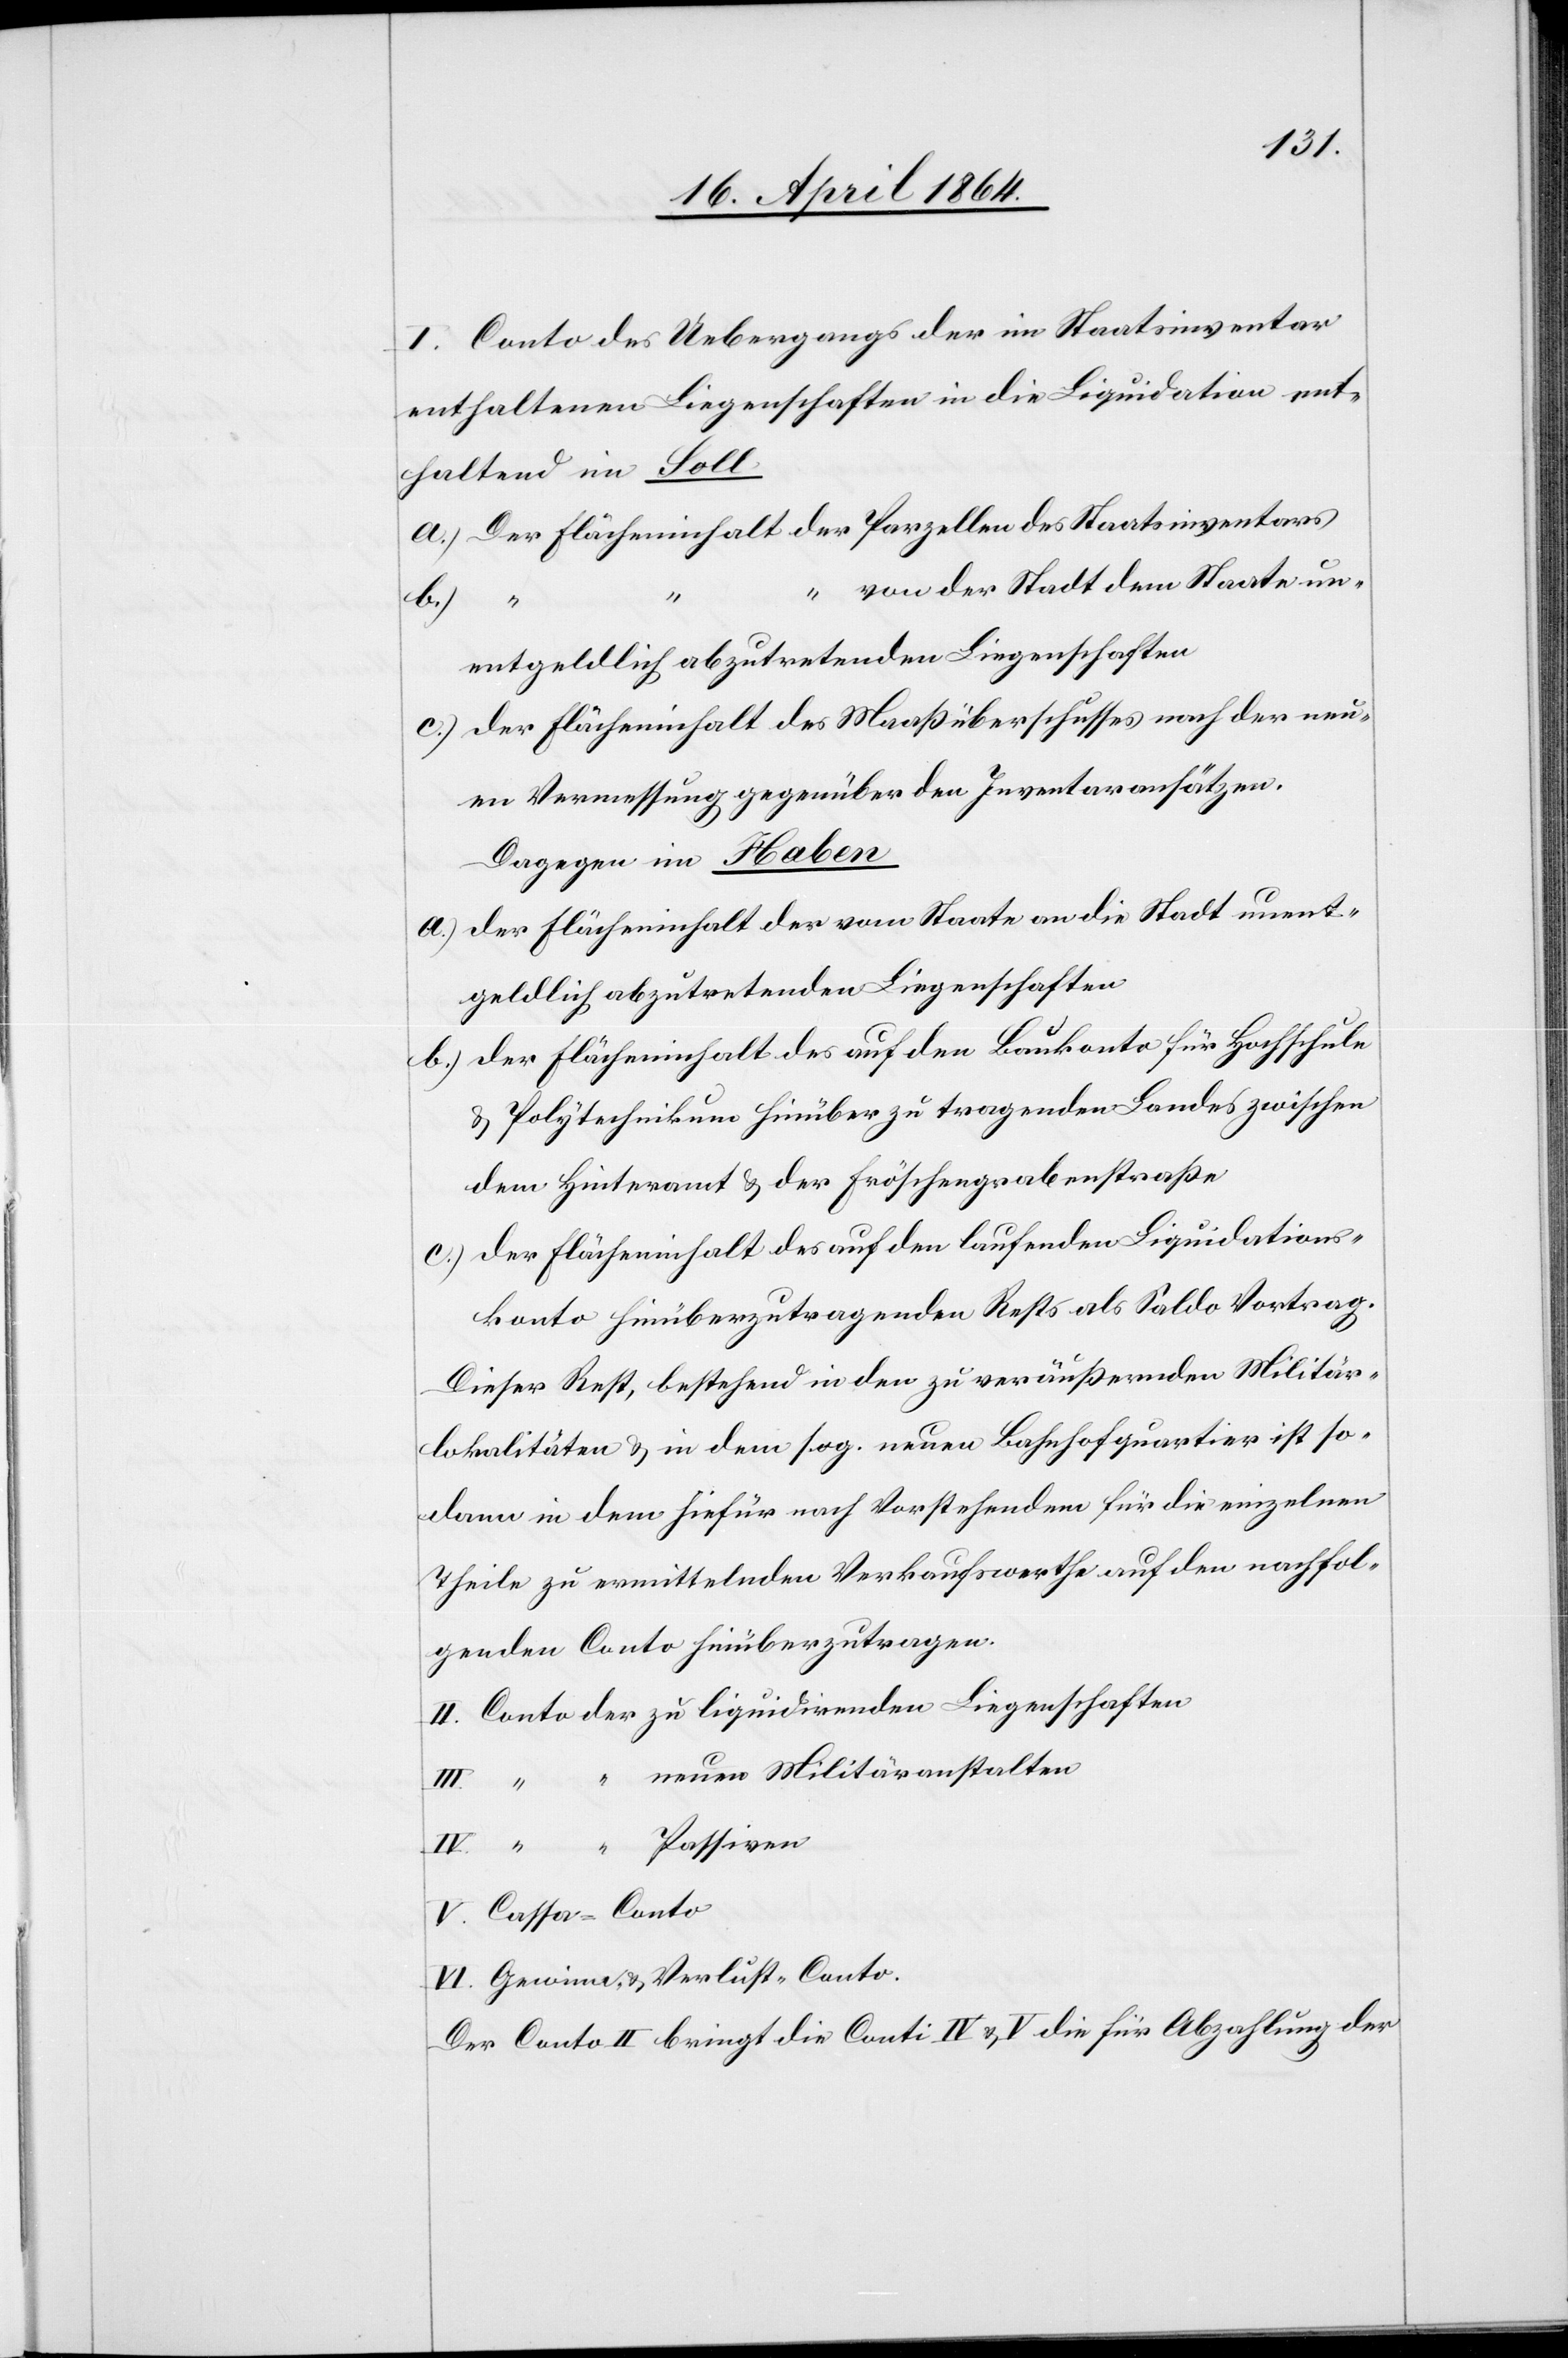
I. Conto des Uebergangs der im Staatsinventar
enthaltenen Liegenschaften in die Liquidation ent¬
haltend im Soll
a.) Der Flächeninhalt der Parzellen des Staatsinventars
“	 von der Stadt dem Staate un¬
entgeldlich abzutretenden Liegenschaften
c.) Der Flächeninhalt des Maaßüberschusses nach der neu¬
en Vermessung gegenüber den Inventaransätzen.
Dagegen im Haben
a.) Der Flächeninhalt der vom Staate an die Stadt unent¬
geldlich abzutretenden Liegenschaften
b.) Der Flächeninhalt des auf den Baukonto für Hochschule
u. Polytechnikum hinüber zu tragenden Landes zwischen
dem Hinteramt u. der Fröschengrabenstraße
c.) Der Flächeninhalt des auf den laufenden Liquidations¬
konto hinüberzutragenden Rests als Saldo Vortrag.
Dieser Rest, bestehend in den zu veräußernden Militär¬
lokalitäten u. in dem sog. neuen Bahnhofquartier ist so¬
dann in dem hiefür nach Vorstehendem für die einzelnen
Theile zu ermittelnden Verkaufswerthe auf den nachfol¬
genden Conto hinüberzutragen.
II. Conto der zu liquidirenden Liegenschaften
neuen Militäranstalten
V. Cassa-Conto
VI. Gewinn- u. Verlust-Conto.
Der Conto II bringt die Conti IV u. V. die für Abzahlung der